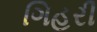
ગિહરી